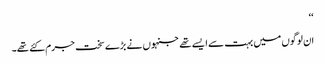
‘‘
ان لوگوں میں بہت سے ایسے تھے جنہوں نے بڑے سخت جرم کئے تھے۔